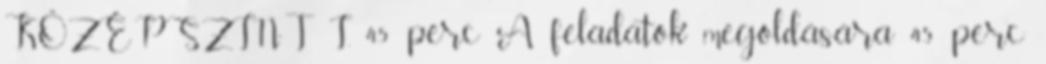
KÖZÉPSZINT I. 45 perc A feladatok megoldására 45 perc